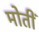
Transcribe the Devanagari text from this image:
मोतीं